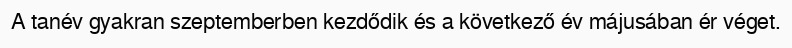
A tanév gyakran szeptemberben kezdődik és a következő év májusában ér véget.